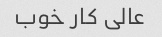
عالی کار خوب